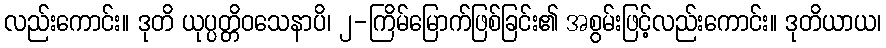
လည်းကောင်း။ ဒုတိ ယုပ္ပတ္တိဝသေနာပိ၊ ၂-ကြိမ်မြောက်ဖြစ်ခြင်း၏ အစွမ်းဖြင့်လည်းကောင်း။ ဒုတိယာယ၊